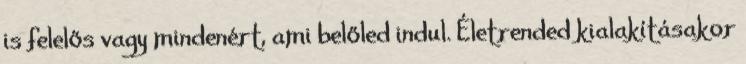
is felelős vagy mindenért, ami belőled indul. Életrended kialakításakor